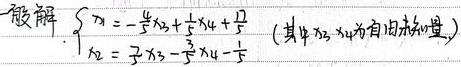
设解\(\begin{cases} x_{1}=-\frac{4}{7}x_{3}+\frac{1}{7}x_{4}+\frac{11}{7}\\ x_{2}=\frac{5}{7}x_{3}-\frac{3}{7}x_{4}-\frac{1}{7} \end{cases}\)（其中\(x_{3},x_{4}\)为自由未知量）